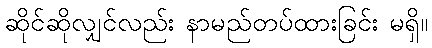
ဆိုင်ဆိုလျှင်လည်း နာမည်တပ်ထားခြင်း မရှိ။